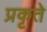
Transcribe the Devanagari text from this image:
प्रकृते